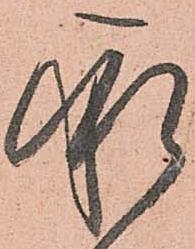
承